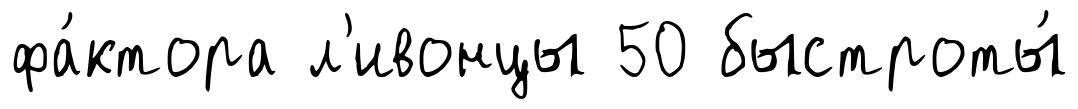
фа́ктора л'ивонцы 50 быстроты́